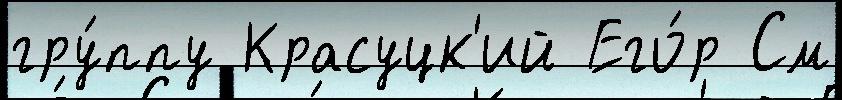
гру́ппу Красуцк'ий Его́р См